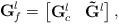
LaTeX: \begin{align*} \mathbf{G}^l_f = \begin{bmatrix} \mathbf{G}^l_c & \mathbf{\tilde{G}}^l \\ \end{bmatrix},\end{align*}